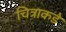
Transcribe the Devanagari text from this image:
चित्राकडे